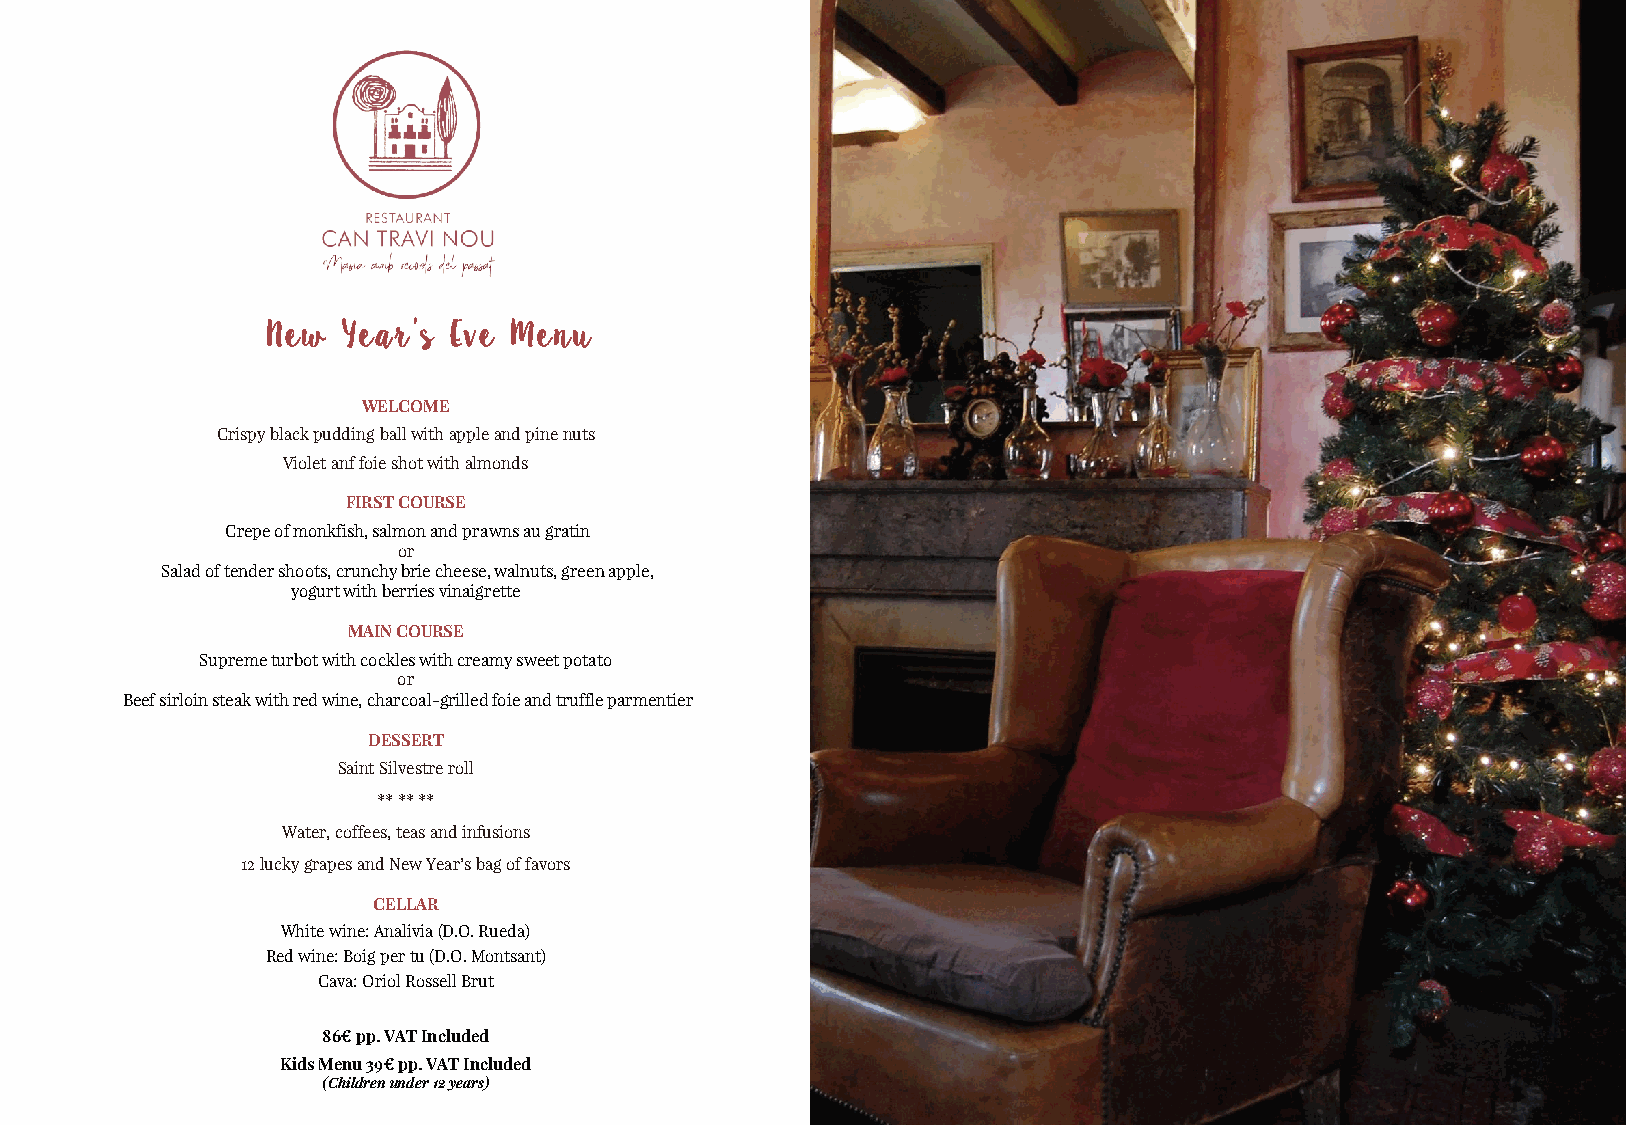
New  Year’s Eve Menu
 WELCOME
 Crispyblack pudding ballwithappleand pine nuts
 Violet anffoie shotwithalmonds
 FIRST COURSE
 Crepe of monkfish, salmon and prawns au gratin
 or
 Salad of tender shoots, crunchy brie cheese, walnuts, green apple,
 yogurt with berries vinaigrette
 MAIN COURSE
 Supreme turbot with cockles with creamy sweet potato
 or
 Beef sirloin steak with red wine, charcoal-grilled foie and truffle parmentier
 DESSERT
 Saint Silvestre roll
 ** ** **
 Water, coffees, teasand infusions
 12 luckygrapes and New Year’sbag of favors
 CELLAR
 White wine: Analivia(D.O. Rueda)
 Red wine: Boigper tu (D.O. Montsant)
 Cava: OriolRossellBrut
 86€pp. VAT Included
 KidsMenu39€pp. VAT Included
 (Childrenunder12 years)